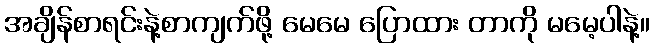
အချိန်စာရင်းနဲ့စာကျက်ဖို့ မေမေ ပြောထား တာကို မမေ့ပါနဲ့။